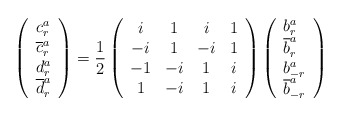
\begin{align*}\left( \begin{array}{l}c_{r}^{a} \\ \overline{c}_{r}^{a} \\ d_{r}^{a} \\ \overline{d}_{r}^{a}\end{array}\right) =\frac{1}{2}\left( \begin{array}{cccc}i & 1 & i & 1 \\ -i & 1 & -i & 1 \\ -1 & -i & 1 & i \\ 1 & -i & 1 & i\end{array}\right) \left( \begin{array}{l}b_{r}^{a} \\ \overline{b}_{r}^{a} \\ b_{-r}^{a} \\ \overline{b}_{-r}^{a}\end{array}\right) \end{align*}